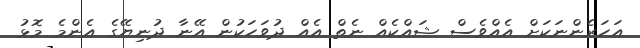
އަހަރެންނަކަށް އެއްވެސް ޝައްކެއް ނެތް އެއް ދުވަހަކުން އޭނާ ދުނިޔޭގެ އެންމެ މޮޅު